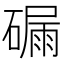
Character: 𥕟